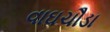
વાઘચૌડા